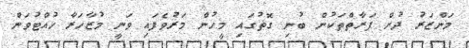
މަންޒަރު ދުށް ފަރާތްތަކުން ބުނި ގޮތުގައި މީހުން މަރުވެފައި ވަނީ މުޒާހަރާ ހުއްޓުވަން